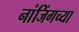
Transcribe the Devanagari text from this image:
नांजिंगच्या